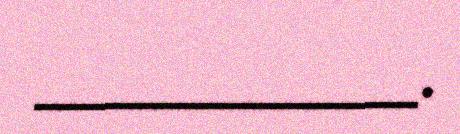
____________.